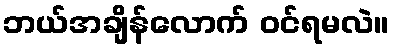
ဘယ်အချိန်လောက် ဝင်ရမလဲ။